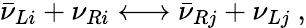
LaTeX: \bar{\nu}_{Li}+\nu_{Ri}\longleftrightarrow\bar{\nu}_{Rj}+\nu_{Lj}\ ,